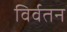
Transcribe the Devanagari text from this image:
विर्वतन